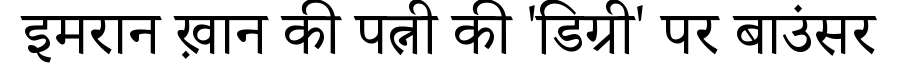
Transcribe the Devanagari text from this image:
इमरान ख़ान की पत्नी की 'डिग्री' पर बाउंसर